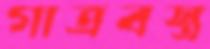
গাত্রবস্ত্র